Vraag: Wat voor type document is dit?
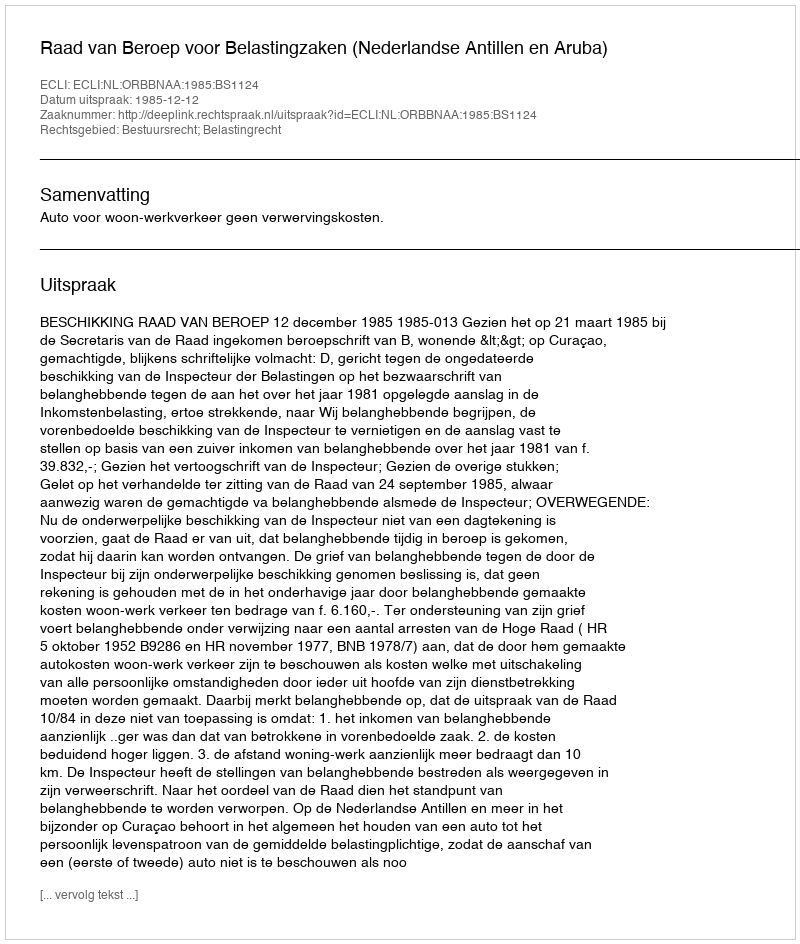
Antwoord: Uitspraak